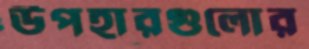
উপহারগুলোর